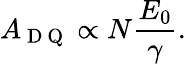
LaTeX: A_{\mathrm{~D~Q~}}\propto N\frac{E_{0}}{\gamma}.